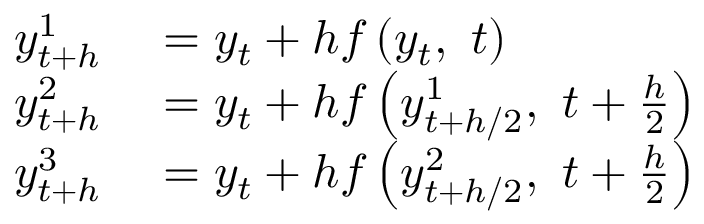
\begin{array} { r l } { y _ { t + h } ^ { 1 } } & { { } = y _ { t } + h f \left( y _ { t } , \ t \right) } \\ { y _ { t + h } ^ { 2 } } & { { } = y _ { t } + h f \left( y _ { t + h / 2 } ^ { 1 } , \ t + { \frac { h } { 2 } } \right) } \\ { y _ { t + h } ^ { 3 } } & { { } = y _ { t } + h f \left( y _ { t + h / 2 } ^ { 2 } , \ t + { \frac { h } { 2 } } \right) } \end{array}